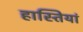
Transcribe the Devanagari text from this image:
हास्तियां